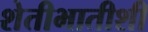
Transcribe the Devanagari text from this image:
शेतीभातीशी